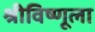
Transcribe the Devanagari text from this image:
श्रीविष्णूला